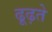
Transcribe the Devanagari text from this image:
ढूढ़ते